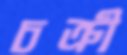
চক্রী